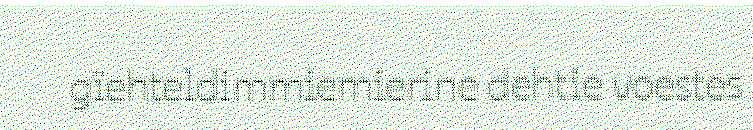
gïehteldimmiemierine dehtie voestes